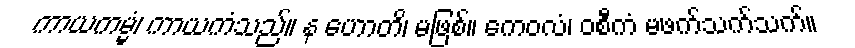
ကာယကမ္မံ၊ ကာယကံသည်။ န ဟောတိ၊ မဖြစ်။ ကေဝလံ၊ ဝစီကံ မဖက်သက်သက်။